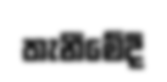
තැනීමේදී